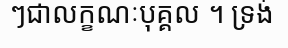
ៗជាលក្ខណៈបុគ្គល ។ ទ្រង់